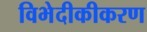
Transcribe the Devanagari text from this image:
विभेदीकीकरण